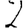
Digit: 2